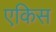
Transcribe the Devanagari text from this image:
एकिस